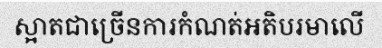
ស្អាតជាច្រើនការកំណត់អតិបរមាលើ